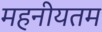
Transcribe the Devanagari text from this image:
महनीयतम